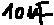
Text: 10µF